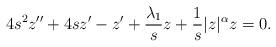
LaTeX: \begin{align*} 4s^2z''+ 4 sz'-z' + \frac {\lambda _1 } {s}z+ \frac {1} {s } |z|^\alpha z=0.\end{align*}